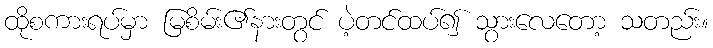
ထိုစကားရပ်မှာ မြစိမ်း၏နားတွင် ပဲ့တင်ထပ်၍ သွားလေတော့ သတည်း။